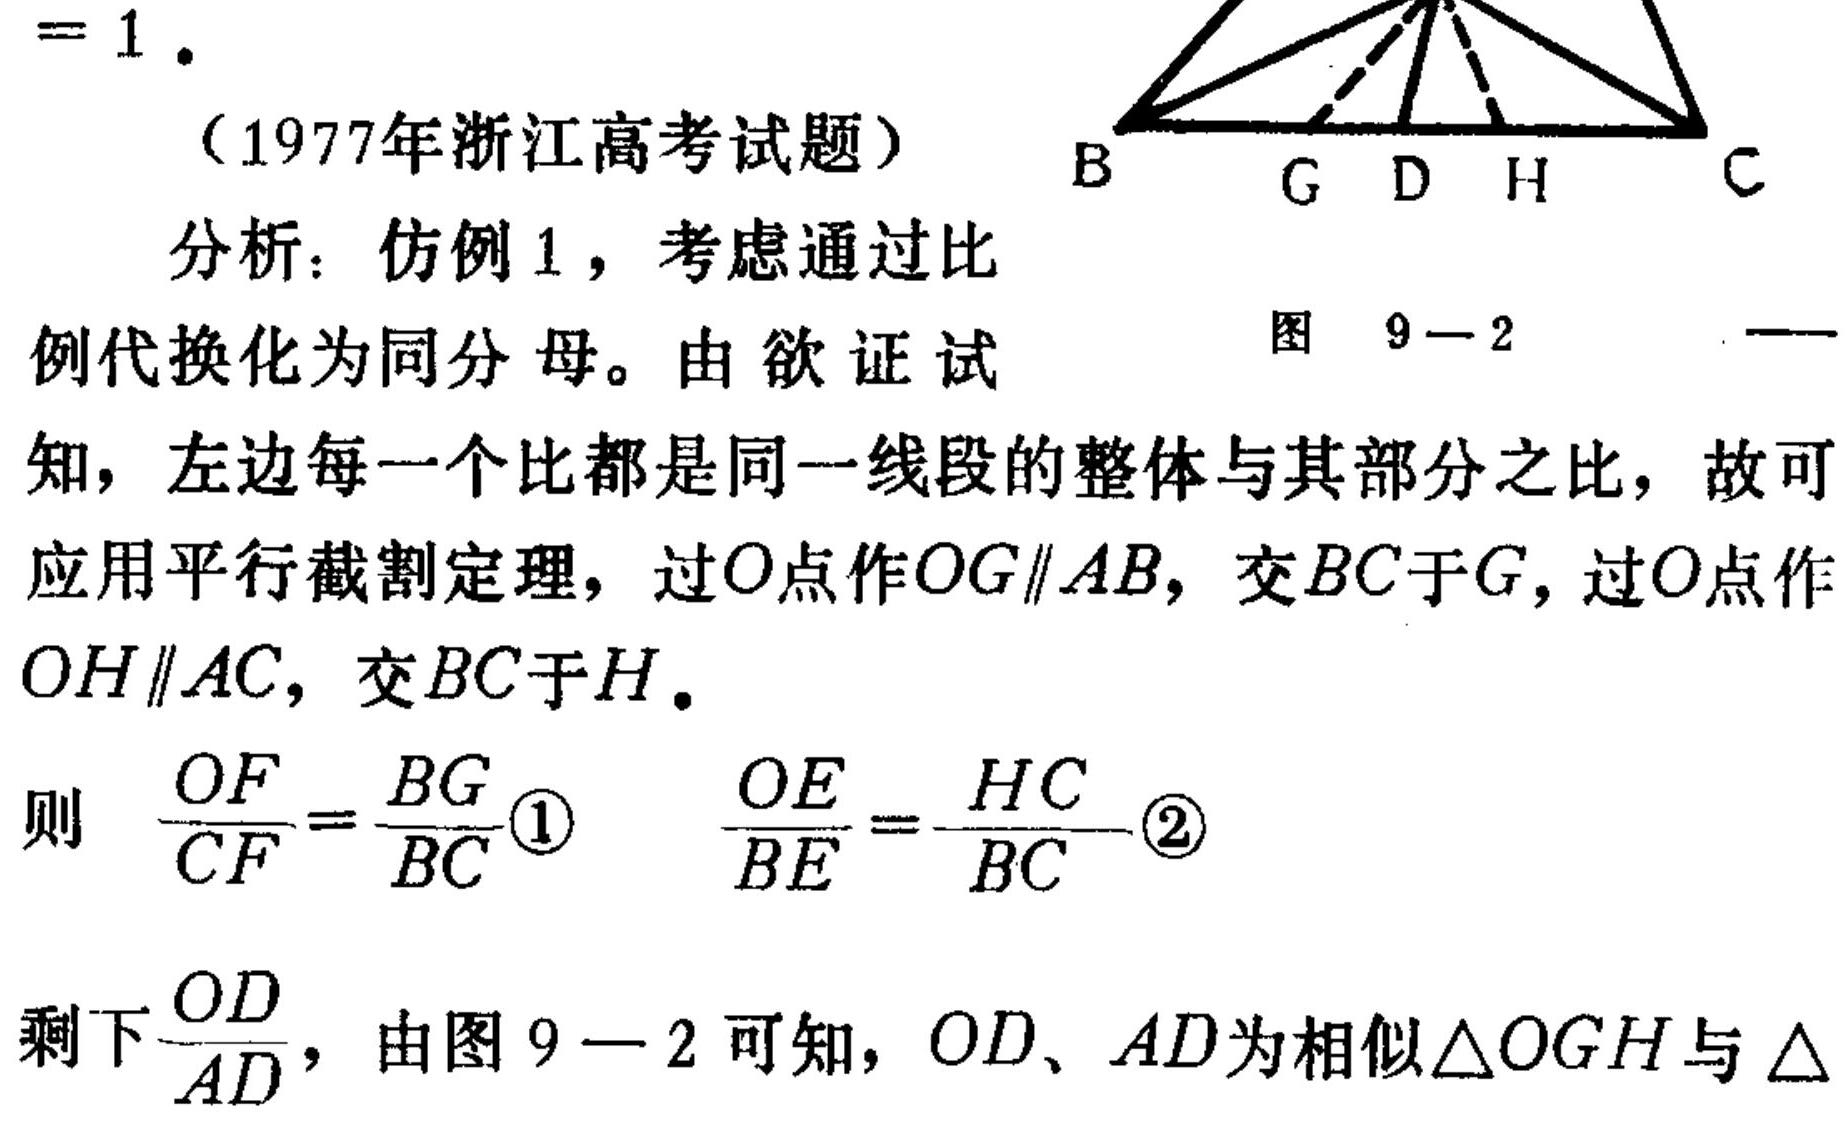
\[
= 1.
\]
（1977年浙江高考试题）
分析：仿例1，考虑通过比例代换化为同分母。由欲证试知，左边每一个比都是同一线段的整体与其部分之比，故可应用平行截割定理，过\(O\)点作\(OG\parallel AB\)，交\(BC\)于\(G\)，过\(O\)点作\(OH\parallel AC\)，交\(BC\)于\(H\)。
则 \(\frac{OF}{CF}=\frac{BG}{BC}\textcircled{1}\)  \(\frac{OE}{BE}=\frac{HC}{BC}\textcircled{2}\)
剩下\(\frac{OD}{AD}\)，由图 \(9 - 2\) 可知，\(OD、AD\)为相似\(\triangle OGH\)与\(\triangle\)